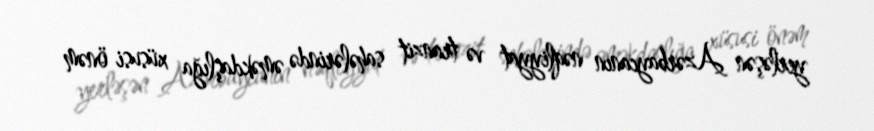
yerləşən Azərbaycanın nəqliyyat və tranzit sahələrində əməkdaşlığa xüsusi önəm